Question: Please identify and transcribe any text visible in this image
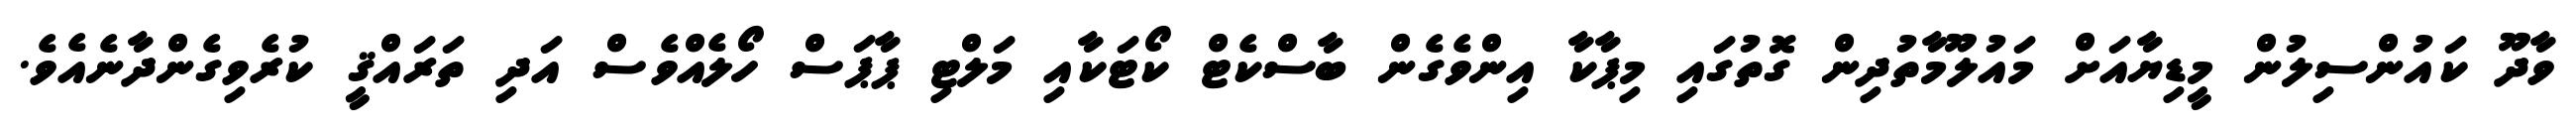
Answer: ވާދޫ ކައުންސިލުން މީޑިޔާއަށް މައުލޫމާތުދިން ގޮތުގައި މިޕާކާ އިންވެގެން ބާސްކެޓް ކޯޓަކާއި މަލްޓި ޕާޕަސް ހޯލެއްވެސް އަދި ތަރައްޤީ ކުރެވިގެންދާނެއެވެ.